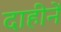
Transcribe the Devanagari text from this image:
दाहीनें